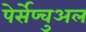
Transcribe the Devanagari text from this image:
पेर्सेप्चुअल